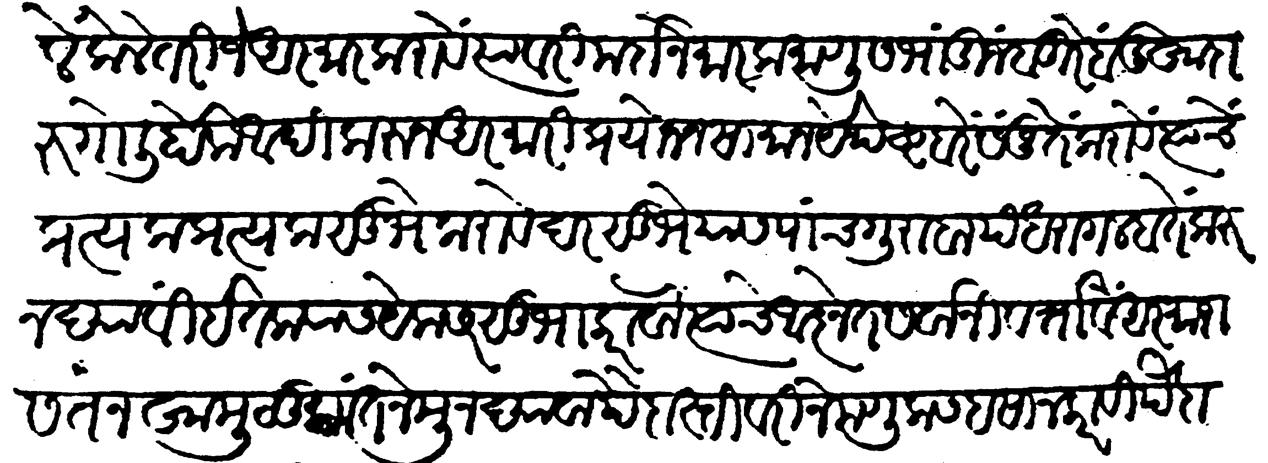
Transliteration (Devanagari): मुले केले तरी जे आरमार करावे त्यावरी मर्दाने मारक माणूस भांडीं जुंबरे बंदुक्खा दारुगोलि होके आदिकरुन अरमारी प्रयोजन सामान येथेष्ट बरें संजुतें करावे त्याचे प्रत्यक प्रत्यक सुभे करावे दर सुभेयास पांच गुराबा पंधरा गलबतें करुन द्यावीं इतक्यांस येक सरसुभा करावा त्याचे आझेंत सर्वांनी वर्तावे आरमारास तनमखा मुलूकांत नेमून द्यावा पैदास्तीवरी नेमणूक सहसा न करावी पैदास्तीचे